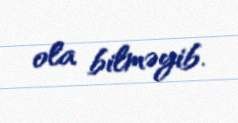
ola bilməyib.